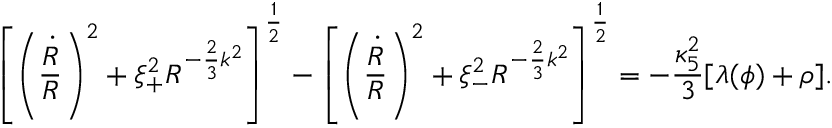
\left[ \left( { \frac { \dot { R } } { R } } \right) ^ { 2 } + \xi _ { + } ^ { 2 } R ^ { - { \frac { 2 } { 3 } } k ^ { 2 } } \right] ^ { \frac { 1 } { 2 } } - \left[ \left( { \frac { \dot { R } } { R } } \right) ^ { 2 } + \xi _ { - } ^ { 2 } R ^ { - { \frac { 2 } { 3 } } k ^ { 2 } } \right] ^ { \frac { 1 } { 2 } } = - { \frac { \kappa _ { 5 } ^ { 2 } } { 3 } } [ \lambda ( \phi ) + \rho ] .